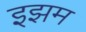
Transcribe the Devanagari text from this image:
इझम